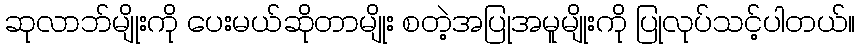
ဆုလာဘ်မျိုးကို ပေးမယ်ဆိုတာမျိုး စတဲ့အပြုအမူမျိုးကို ပြုလုပ်သင့်ပါတယ်။